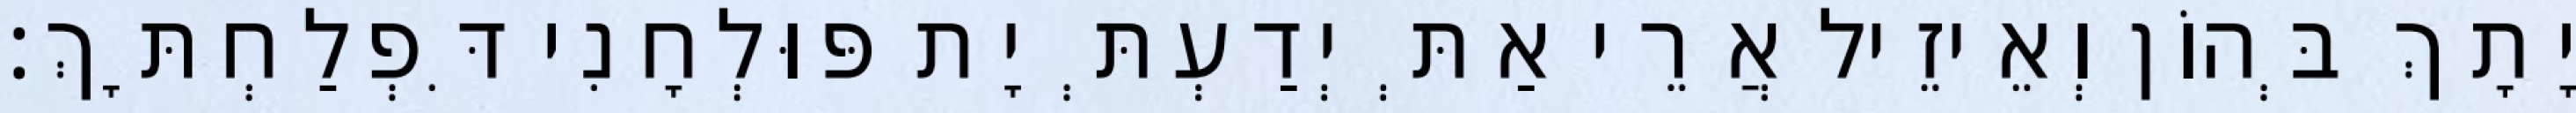
יָתָךְ בְּהוֹן וְאֵיזֵיל אֲרֵי אַתְּ יְדַעְתְּ יָת פּוּלְחָנִי דִּפְלַחְתָּךְ׃